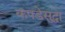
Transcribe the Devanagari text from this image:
कपडेसुद्धा